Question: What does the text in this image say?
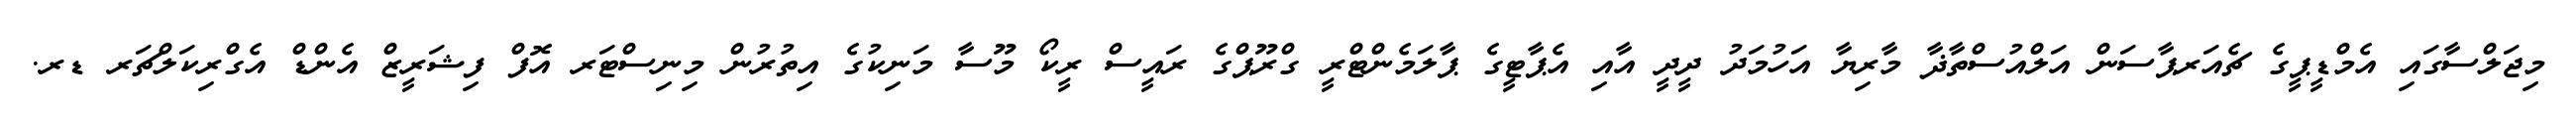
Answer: މިޖަލްސާގައި އެމްޑީޕީގެ ޗެއަރޕާސަން އަލްއުސްތާޛާ މާރިޔާ އަހުމަދު ދީދީ އާއި އެޕާޓީގެ ޕާލަމެންޓްރީ ގްރޫޕްގެ ރައީސް ރީކޯ މޫސާ މަނިކުގެ އިތުރުން މިނިސްޓަރ އޮފް ފިޝަރީޒް އެންޑް އެގްރިކަލްޗަރ ޑރ.